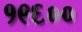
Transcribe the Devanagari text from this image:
१९६००